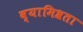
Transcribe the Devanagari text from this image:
व्यामिश्रता